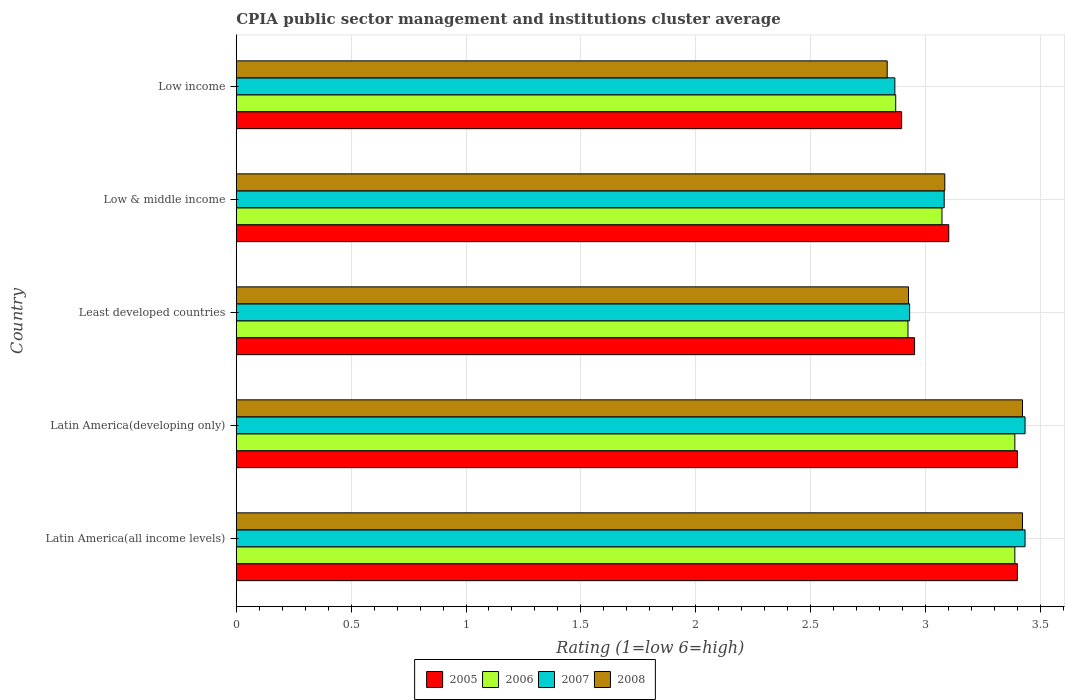
| Country | 2005 | 2006 | 2007 | 2008 |
 | --- | --- | --- | --- | --- |
 | Latin America(all income levels) | 3.4 | 3.39 | 3.43 | 3.42 |
 | Latin America(developing only) | 3.4 | 3.39 | 3.43 | 3.42 |
 | Least developed countries | 2.95 | 2.92 | 2.93 | 2.93 |
 | Low & middle income | 3.1 | 3.07 | 3.08 | 3.08 |
 | Low income | 2.9 | 2.87 | 2.87 | 2.83 |